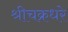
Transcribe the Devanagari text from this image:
श्रीचक्रधरे